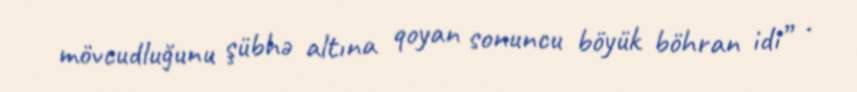
mövcudluğunu şübhə altına qoyan sonuncu böyük böhran idi” .